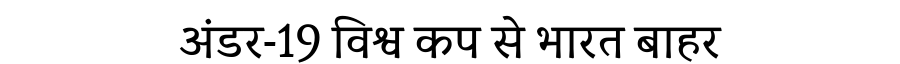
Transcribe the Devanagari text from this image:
अंडर-19 विश्व कप से भारत बाहर